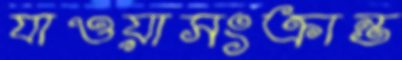
যাওয়াসংক্রান্ত